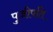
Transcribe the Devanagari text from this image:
पुजीपति